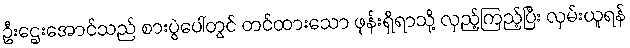
ဦးဌေးအောင်သည် စားပွဲပေါ်တွင် တင်ထားသော ဖုန်းရှိရာသို့ လှည့်ကြည့်ပြီး လှမ်းယူရန်